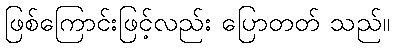
ဖြစ်ကြောင်းဖြင့်လည်း ပြောတတ် သည်။